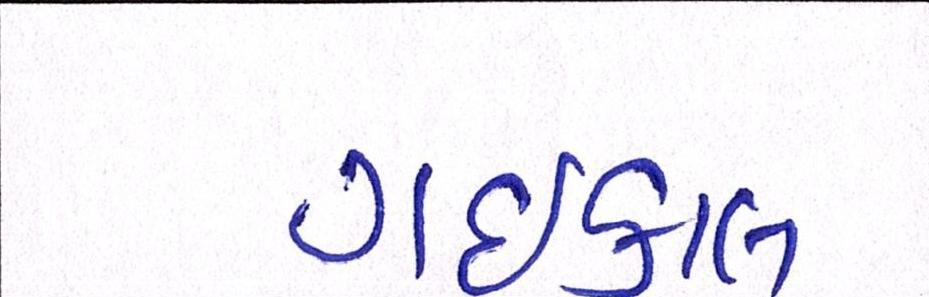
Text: ગઇકાલ